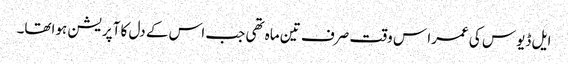
ایل ڈیوس کی عمرا س وقت صرف تین ماہ تھی جب اس کے دل کا آپریشن ہواتھا۔